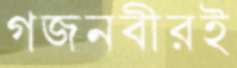
গজনবীরই